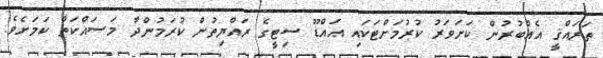
ތަރައްޤީ އެއްބުރުން ކަށަވަރު ކުރުމަށްޓަކައި އައްޑޫ ސިޓީގެ ރައްޔިތުން ކުރަމުންދާ މަސައްކަތް ކަމަށެވެ.